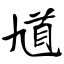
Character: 馗